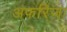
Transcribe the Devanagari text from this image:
अफरिजा